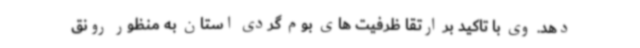
دهد. وی با تاکید بر ارتقا ظرفیت های بوم گردی استان به منظور رونق